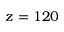
z = 1 2 0